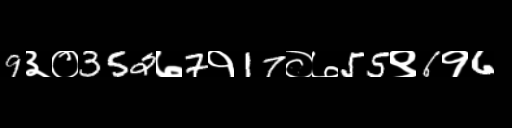
Text: 9३०352७7१17०७55९6१6